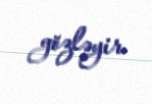
gözləyir.